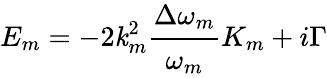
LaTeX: E_{m}=-2\mathit{k}_{m}^{2}\cfrac{\Delta\omega_{m}}{\omega_{m}}K_{m}+i\Gamma